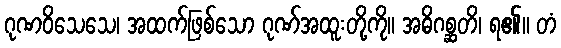
ဂုဏဝိသေသေ၊ အထက်ဖြစ်သော ဂုဏ်အထူးတို့ကို။ အဓိဂစ္ဆတိ၊ ရ၏။ တံ